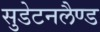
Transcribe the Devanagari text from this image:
सुडेटनलैण्ड